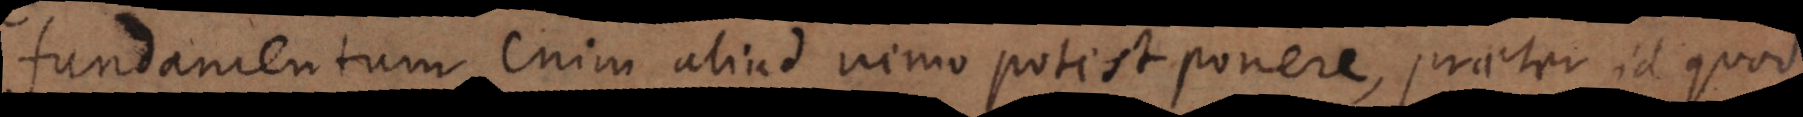
Fundamentum enim aliud nemo potest ponere, praeter id quod